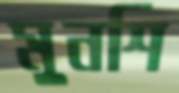
মুনশি